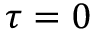
\tau = 0